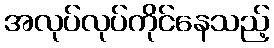
အလုပ်လုပ်ကိုင်နေသည့်